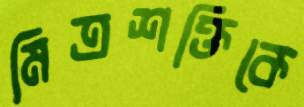
মিত্রশক্তিকে